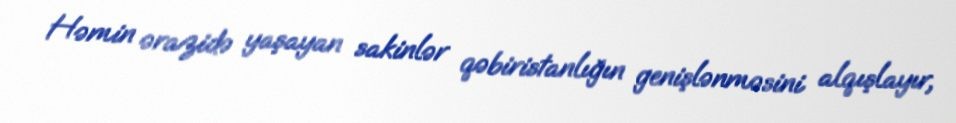
Həmin ərazidə yaşayan sakinlər qəbiristanlığın genişlənməsini alqışlayır,